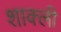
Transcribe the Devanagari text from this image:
शाक्ली